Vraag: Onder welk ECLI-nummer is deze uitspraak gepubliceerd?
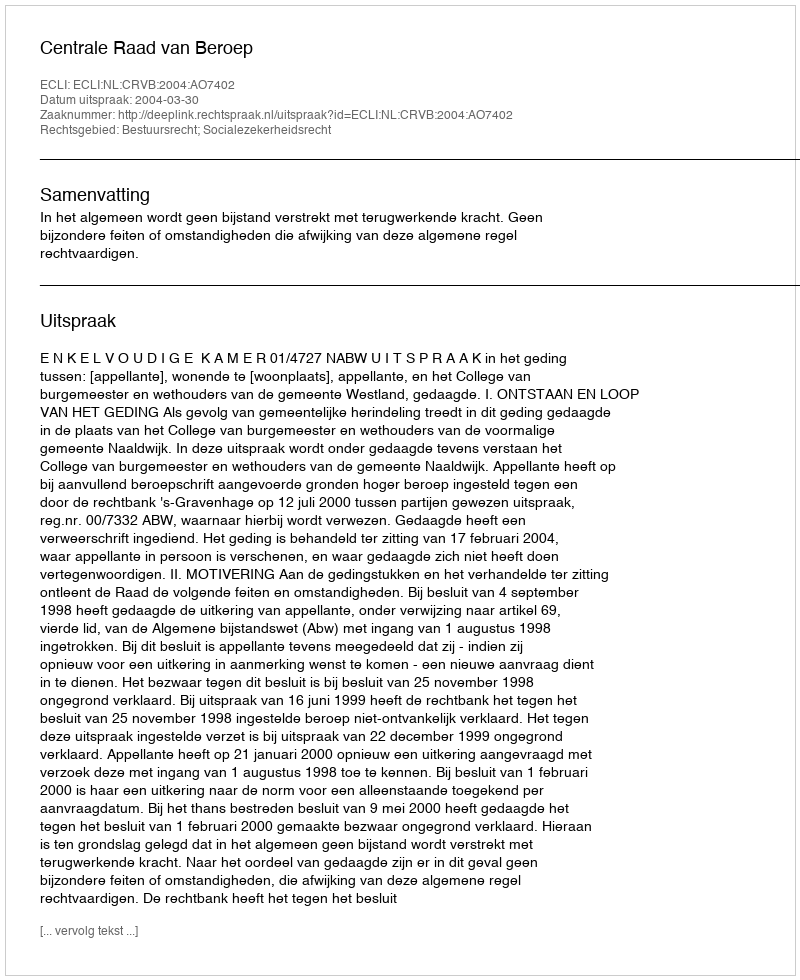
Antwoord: ECLI:NL:CRVB:2004:AO7402